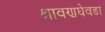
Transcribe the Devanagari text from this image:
श्रावणघेवडा